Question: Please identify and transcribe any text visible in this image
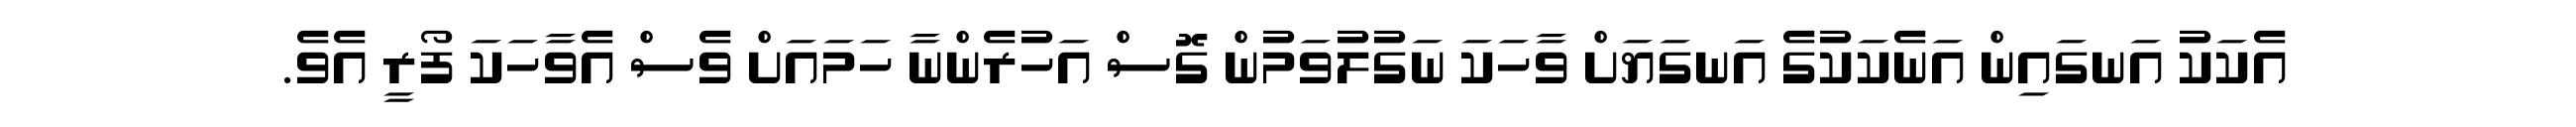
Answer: އެކަކު އަނގައިން އަނެކަކުގެ އަނގަޔަށް ވާހަކަ ނަގުލުވަމުން ގޮސް އަހުރެންނާ ހަމައަށް ވެސް އެވާހަކަ ފޯރީ އެވެ.